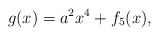
\begin{align*} g(x)= a^2x^4 + f_5(x), \end{align*}